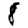
Digit: 8